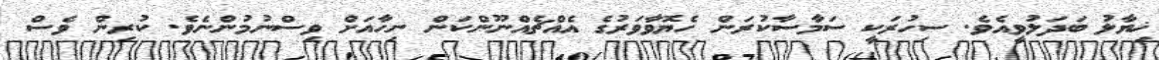
ޚިޔާލު ބަދަލުވީއެވެ. ސިހުރަކީ ސަމާސާކުރަން ހެޔޮވާވަރުގެ އެއްޗެއްނޫންކަން ނިހާއަށް ވިސްނުމުންނެވެ. ކުރިން ވެސް